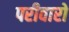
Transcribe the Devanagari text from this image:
परीवारो